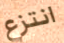
انتزع